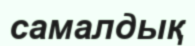
самалдық